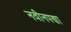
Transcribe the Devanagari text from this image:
नवीनपणा